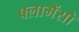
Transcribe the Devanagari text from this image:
फ्लामेंसो